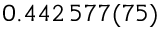
0 . 4 4 2 \, 5 7 7 ( 7 5 )